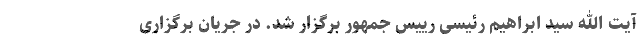
آیت الله سید ابراهیم رئیسی رییس جمهور برگزار شد. در جریان برگزاری